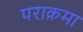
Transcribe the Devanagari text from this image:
पराक्रमा